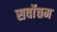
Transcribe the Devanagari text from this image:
सर्वाेत्तम